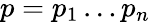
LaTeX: p=p_{1}\dots p_{n}